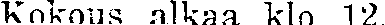
Kokous alkaa klo 12.